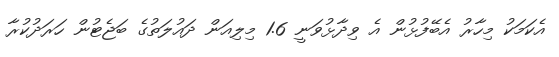
އެކަމަކު މިހާރު އެބޭފުޅުން އެ ވިދާޅުވަނީ 1.6 މިލިއަން ދައުލަތުގެ ބަޖެޓުން ހަރަދުކުރާ